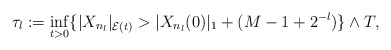
\begin{align*}\tau_l := \inf_{t > 0}\{ | X_{n_l} |_{\mathcal{E}(t)} > | X_{n_l}(0) |_1 + (M - 1 + 2^{-l}) \} \wedge T, \end{align*}